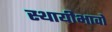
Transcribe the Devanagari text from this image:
स्थायीभावों